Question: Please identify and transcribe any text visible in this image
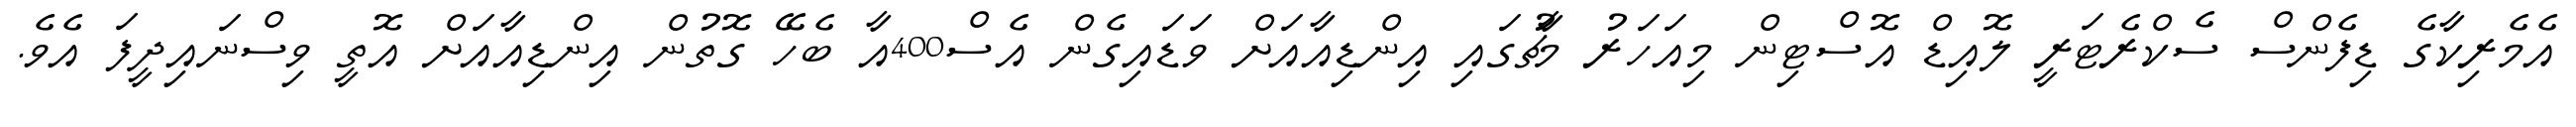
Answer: އެމެރިކާގެ ޑިފެންސް ސެކްރެޓަރީ ލޮއިޑް އޮސްޓިން މިއަހަރު މާޗުގައި އިންޑިއާއަށް ވަޑައިގެން އެސް400އާ ބެހޭ ގޮތުން އިންޑިއާއަށް އޮތީ ވިސްނައިދީފަ އެވެ.